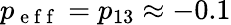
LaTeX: p_{\mathrm{~e~f~f~}}=p_{13}\approx-0.1